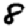
Digit: 8